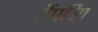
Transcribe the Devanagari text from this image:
टेंपरिंग